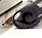
عن